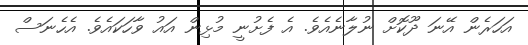
އަހަރެން އޭނަ ދޫކޮށް ނުލާނެއެވެ. އެ ފެށުނީ މުޅިން އައު ވާހަކައެވެ. އެހެނަސް